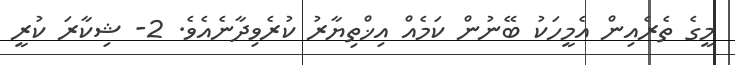
މީގެ ތެރެއިން އެމީހަކު ބޭނުން ކަމެއް އިޚްތިޔާރު ކުރެވިދާނެއެވެ. 2- ޝިކާރަ ކުރީ